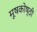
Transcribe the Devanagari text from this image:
मूषकोष्ठी